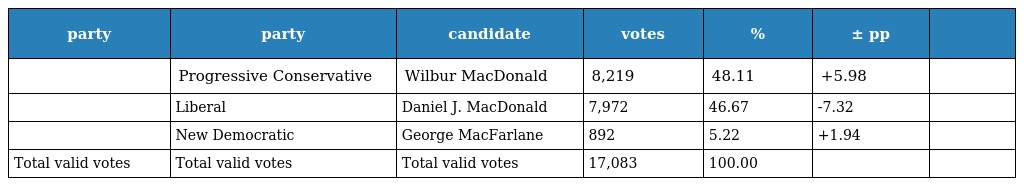
| party | party | candidate | votes | % | ± pp |  |
 | --- | --- | --- | --- | --- | --- | --- |
 |  | Progressive Conservative | Wilbur MacDonald | 8,219 | 48.11 | +5.98 |  |
 |  | Liberal | Daniel J. MacDonald | 7,972 | 46.67 | -7.32 |  |
 |  | New Democratic | George MacFarlane | 892 | 5.22 | +1.94 |  |
 | Total valid votes | Total valid votes | Total valid votes | 17,083 | 100.00 |  |  |